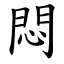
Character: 悶